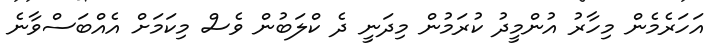
އަހަރެމެން މިހާރު އުންމީދު ކުރަމުން މިދަނީ ދެ ކްލަބުން ވެސް މިކަމަށް އެއްބަސްވާނެ